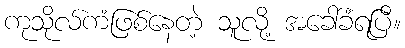
ကုသိုလ်ကံဖြစ်နေတဲ့ သူလို့ အခေါ်ခံရပြီ။